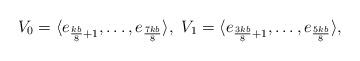
LaTeX: \begin{align*}V_0=\langle e_{\frac{kb}{8}+1}, \dots, e_{\frac{7kb}{8}} \rangle, \ V_1=\langle e_{\frac{3kb}{8}+1}, \dots, e_{\frac{5kb}{8}} \rangle,\end{align*}